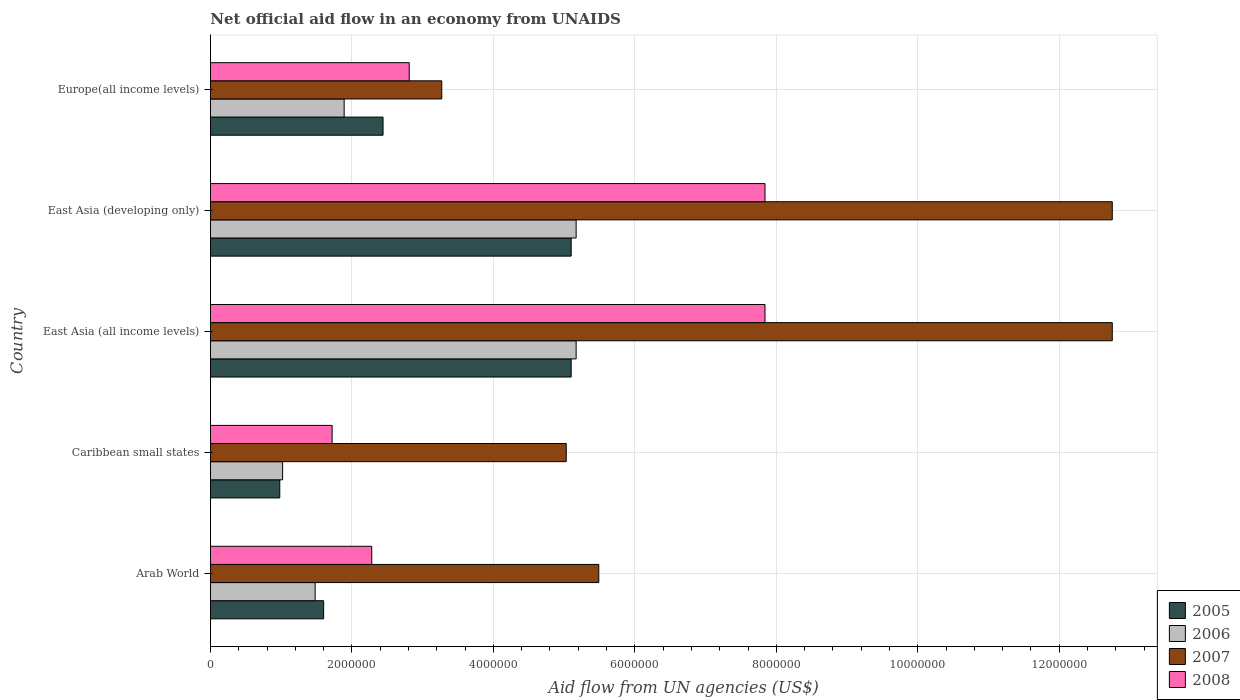
| Country | 2005 | 2006 | 2007 | 2008 |
 | --- | --- | --- | --- | --- |
 | Arab World | 1.6e+06 | 1.48e+06 | 5.49e+06 | 2.28e+06 |
 | Caribbean small states | 9.8e+05 | 1.02e+06 | 5.03e+06 | 1.72e+06 |
 | East Asia (all income levels) | 5.1e+06 | 5.17e+06 | 1.28e+07 | 7.84e+06 |
 | East Asia (developing only) | 5.1e+06 | 5.17e+06 | 1.28e+07 | 7.84e+06 |
 | Europe(all income levels) | 2.44e+06 | 1.89e+06 | 3.27e+06 | 2.81e+06 |